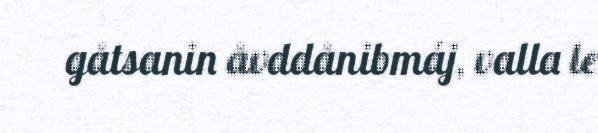
gåtsanin åvddånibmáj, valla le